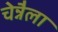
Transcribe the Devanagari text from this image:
चेन्नैला